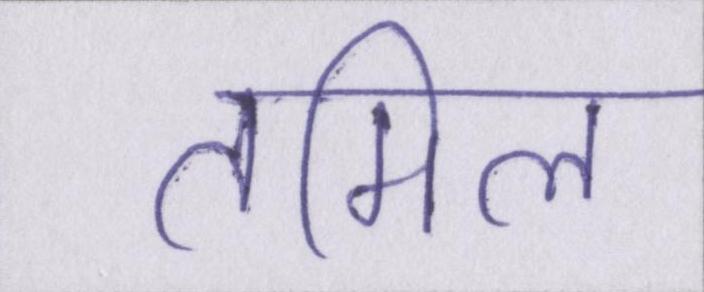
तमिल